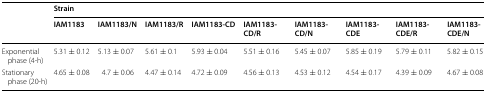
<table><thead><tr><td rowspan="2"></td><td colspan="9"><b>Strain</b></td></tr><tr><td><b>IAM1183</b></td><td><b>IAM1183/N</b></td><td><b>IAM1183/R</b></td><td><b>IAM1183-CD</b></td><td><b>IAM1183-CD/R</b></td><td><b>IAM1183-CD/N</b></td><td><b>IAM1183-CDE</b></td><td><b>IAM1183-CDE/R</b></td><td><b>IAM1183-CDE/N</b></td></tr></thead><tbody><tr><td>Exponential phase (4-h)</td><td>5.31 ± 0.12</td><td>5.13 ± 0.07</td><td>5.61 ± 0.1</td><td>5.93 ± 0.04</td><td>5.51 ± 0.16</td><td>5.45 ± 0.07</td><td>5.85 ± 0.19</td><td>5.79 ± 0.11</td><td>5.82 ± 0.15</td></tr><tr><td>Stationary phase (20-h)</td><td>4.65 ± 0.08</td><td>4.7 ± 0.06</td><td>4.47 ± 0.14</td><td>4.72 ± 0.09</td><td>4.56 ± 0.13</td><td>4.53 ± 0.12</td><td>4.54 ± 0.17</td><td>4.39 ± 0.09</td><td>4.67 ± 0.08</td></tr></tbody></table>